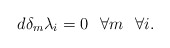
\begin{align*}d\delta_m\lambda_i=0\hskip .3truecm \forall m\hskip .3truecm \forall i.\end{align*}